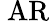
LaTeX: \ {\mathrm{AR}}